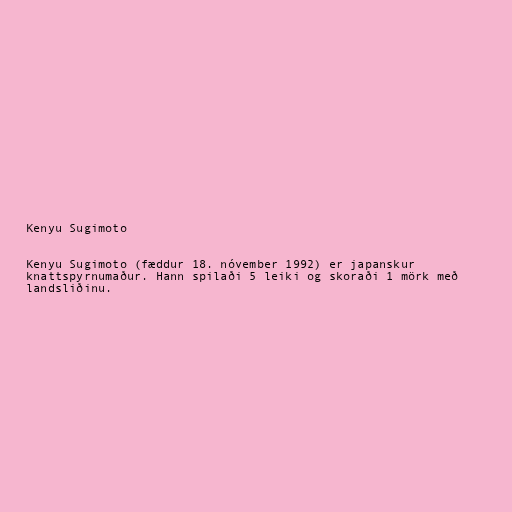
Kenyu Sugimoto

Kenyu Sugimoto (fæddur 18. nóvember 1992) er japanskur
knattspyrnumaður. Hann spilaði 5 leiki og skoraði 1 mörk með
landsliðinu.